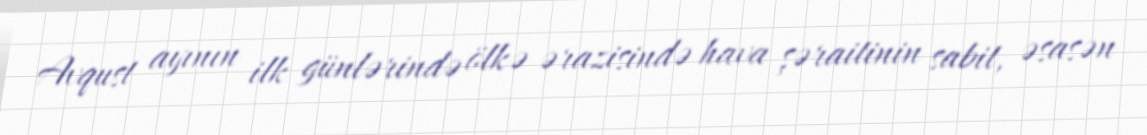
Avqust ayının ilk günlərində ölkə ərazisində hava şəraitinin sabit, əsasən